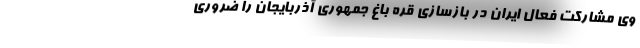
وی مشارکت فعال ایران در بازسازی قره باغ جمهوری آذربایجان را ضروری